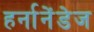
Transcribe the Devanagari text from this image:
हर्नानेंडेज